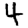
Digit: 4